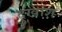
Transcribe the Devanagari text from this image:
दुखांश